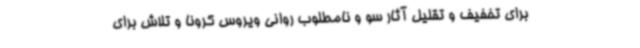
برای تخفیف و تقلیل آثار سو و نامطلوب روانی ویروس کرونا و تلاش برای